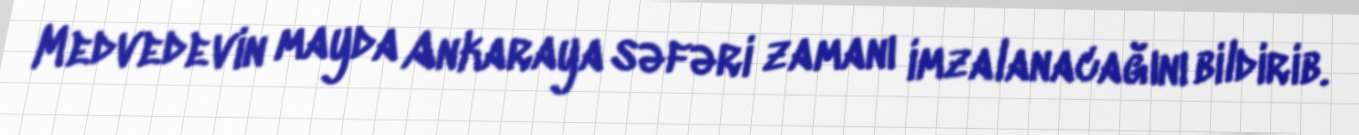
Medvedevin mayda Ankaraya səfəri zamanı imzalanacağını bildirib.